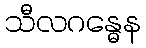
သီလဂန္ဓေန